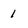
Character: 1